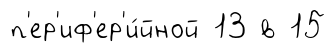
п'ер'иф'ер'и́йной 13 в 15